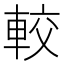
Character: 較